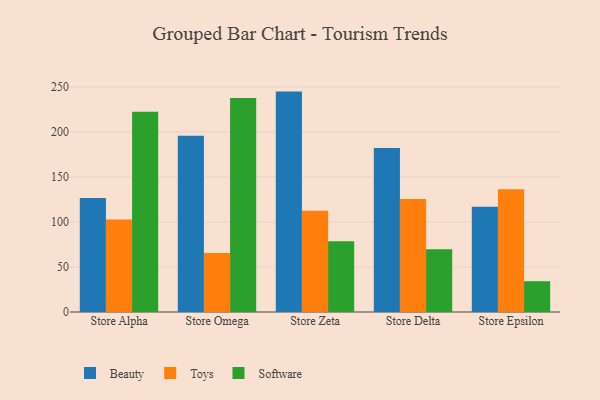
{"axis": {"x": "Store", "y": "Temperature (°C)"}, "legend": ["Beauty", "Software", "Toys"], "data": [{"x": "Store Alpha", "y": 126.5, "type": "Beauty"}, {"x": "Store Alpha", "y": 102.7, "type": "Toys"}, {"x": "Store Alpha", "y": 222.5, "type": "Software"}, {"x": "Store Omega", "y": 195.7, "type": "Beauty"}, {"x": "Store Omega", "y": 65.5, "type": "Toys"}, {"x": "Store Omega", "y": 237.7, "type": "Software"}, {"x": "Store Zeta", "y": 244.8, "type": "Beauty"}, {"x": "Store Zeta", "y": 112.4, "type": "Toys"}, {"x": "Store Zeta", "y": 78.6, "type": "Software"}, {"x": "Store Delta", "y": 182.1, "type": "Beauty"}, {"x": "Store Delta", "y": 125.4, "type": "Toys"}, {"x": "Store Delta", "y": 69.8, "type": "Software"}, {"x": "Store Epsilon", "y": 116.8, "type": "Beauty"}, {"x": "Store Epsilon", "y": 136.4, "type": "Toys"}, {"x": "Store Epsilon", "y": 34.2, "type": "Software"}]}